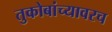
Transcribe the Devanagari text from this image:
तुकोबांच्यावरच